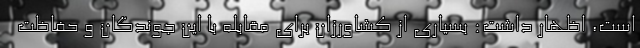
است، اظهار داشت: بسیاری از کشاورزان برای مقابله با این جوندگان و حفاظت